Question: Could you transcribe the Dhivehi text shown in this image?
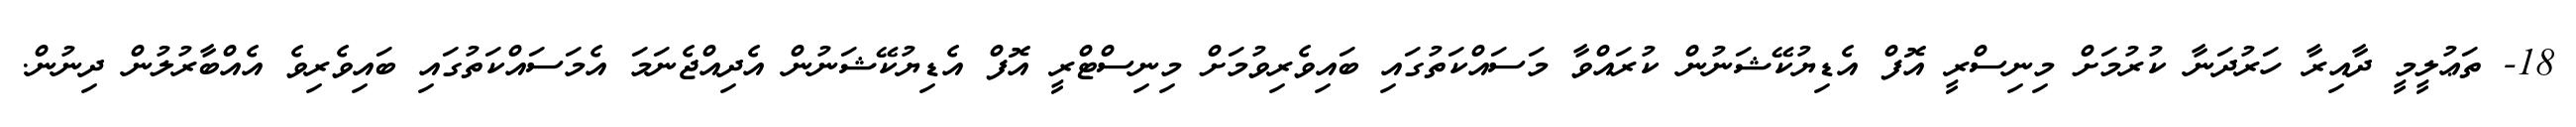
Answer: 18- ތަޢުލީމީ ދާއިރާ ހަރުދަނާ ކުރުމަށް މިނިސްރީ އޮފް އެޑިޔުކޭޝަނުން ކުރައްވާ މަސައްކަތުގައި ބައިވެރިވުމަށް މިނިސްޓްރީ އޮފް އެޑިޔުކޭޝަނުން އެދިއްޖެނަމަ އެމަސައްކަތުގައި ބައިވެރިވެ އެއްބާރުލުން ދިނުން.